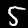
Label: 5